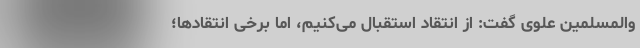
والمسلمین علوی گفت: از انتقاد استقبال می‌کنیم، اما برخی انتقادها؛